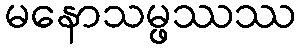
မနောသမ္ဖဿဿ